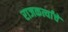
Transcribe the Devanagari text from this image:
राजकर्त्यांचे